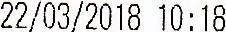
22/03/2018 10:18